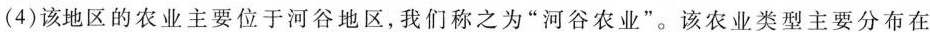
(4)该地区的农业主要位于河谷地区，我们称之为”河谷农业”。该农业类型主要分布在